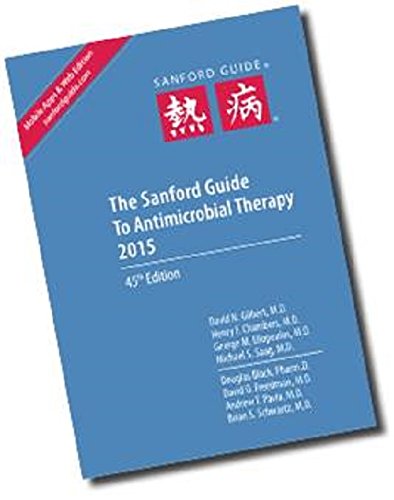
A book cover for The Sanford Guide to Antimicrobial Therapy 2015; Medical Books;